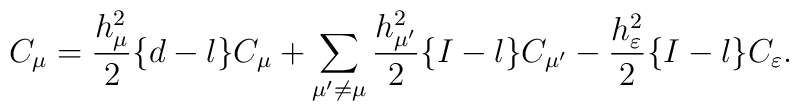
C_\mu=\frac{h_\mu^2}{2}\{d-l\}C_\mu         +\sum_{\mu'\not=\mu}         \frac{h_{\mu'}^2}{2}\{I-l\}C_{\mu'}         -\frac{h_\varepsilon^2}{2}\{I-l\}C_\varepsilon.